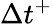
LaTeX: \Delta{t}^{+}